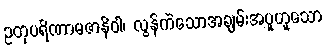
ဥတုပရိဏာမဇာနိဝါ၊ လွန်ကဲသောအချမ်းအပူဟူသော